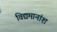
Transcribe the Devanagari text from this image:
विद्यमानांश